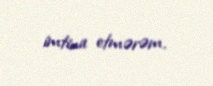
imtina etmərəm.